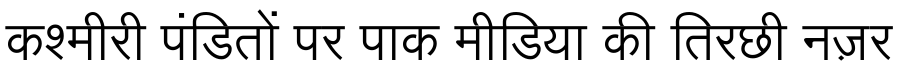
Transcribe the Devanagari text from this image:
कश्मीरी पंडितों पर पाक मीडिया की तिरछी नज़र